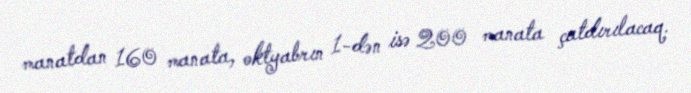
manatdan 160 manata, oktyabrın 1-dən isə 200 manata çatdırılacaq.